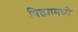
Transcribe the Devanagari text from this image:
पिढ्यामध्ये